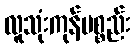
လူသုံးကုန်ပစ္စည်း